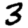
Digit: 3